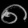
Digit: ၈